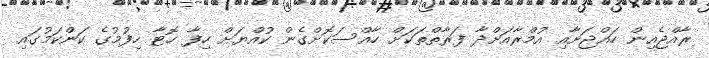
ރާއްޖެއިން ހައްޖަށާއި އުމްރާއަށްދާ ފަރާތްތަކަށް ހާއްސަކޮށްގެން ކުއްޔަށް ހިފާ ހޮޓާ ހިފުމުގެ ކަންކަމުގައި